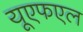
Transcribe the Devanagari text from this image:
यूएफएल